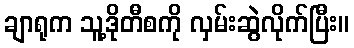
ချာရုက သူ့ဒိုတီစကို လှမ်းဆွဲလိုက်ပြီး။